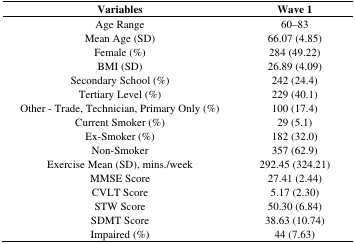
| Variables | Wave 1 |
 | --- | --- |
 | Age Range | 60–83 |
 | Mean Age (SD) | 66.07 (4.85) |
 | Female (%) | 284 (49.22) |
 | BMI (SD) | 26.89 (4.09) |
 | Secondary School (%) | 242 (24.4) |
 | Tertiary Level (%) | 229 (40.1) |
 | Other - Trade, Technician, Primary Only (%) | 100 (17.4) |
 | Current Smoker (%) | 29 (5.1) |
 | Ex-Smoker (%) | 182 (32.0) |
 | Non-Smoker | 357 (62.9) |
 | Exercise Mean (SD), mins./week | 292.45 (324.21) |
 | MMSE Score | 27.41 (2.44) |
 | CVLT Score | 5.17 (2.30) |
 | STW Score | 50.30 (6.84) |
 | SDMT Score | 38.63 (10.74) |
 | Impaired (%) | 44 (7.63) |